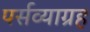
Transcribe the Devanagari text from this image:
पर्सव्याग्रह